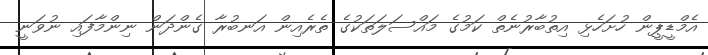
އެމްޑީޕީން ހުށަހެޅި އިތުބާރުނެތް ކަމުގެ މައްސަލަތަކުގެ ތެރެއިން އަނބުރާ ގެންދަން ނިންމާފައި ނުވަނީ